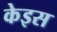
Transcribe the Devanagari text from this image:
केइस